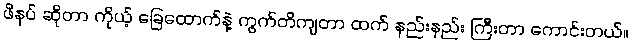
ဖိနပ် ဆိုတာ ကိုယ့် ခြေထောက်နဲ့ ကွက်တိကျတာ ထက် နည်းနည်း ကြီးတာ ကောင်းတယ်။